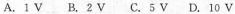
A.1V B.2V C.5V D.10V